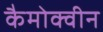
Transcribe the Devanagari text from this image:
कैमोक्वीन